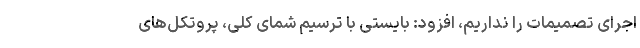
اجرای تصمیمات را نداریم، افزود: بایستی با ترسیم شمای کلی، پروتکل‌های